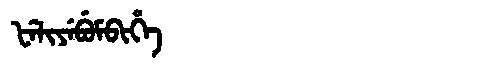
Manchu: ᡶᡝᠯᡳᠶᡝᠪᡠᠮᠪᡳᡥᡝ
Romanization: FELIYEBUMBIHE